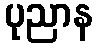
ပုညာန